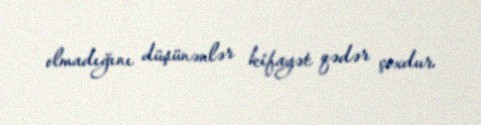
olmadığını düşünənlər kifayət qədər çoxdur.